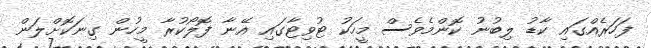
ފަހަރެއްގައި ކާޑު ލިބުނު ކޮންމެވެސް މީހަކު ޓުވިޓާގައި އޭނާ ފޮލޯކުރާ މީހުން ގިނަކޮށްލަން